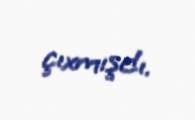
çıxmışdı.